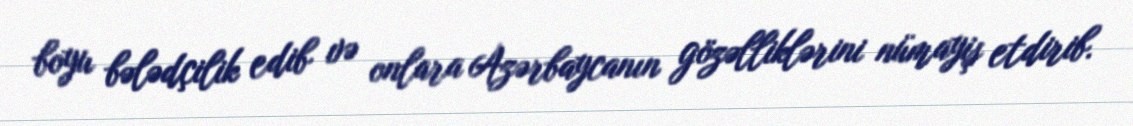
boyu bələdçilik edib və onlara Azərbaycanın gözəlliklərini nümayiş etdirib.